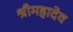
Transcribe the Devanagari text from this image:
श्रीमहादेव